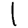
Digit: 1